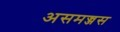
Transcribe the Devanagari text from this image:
असमज्जस